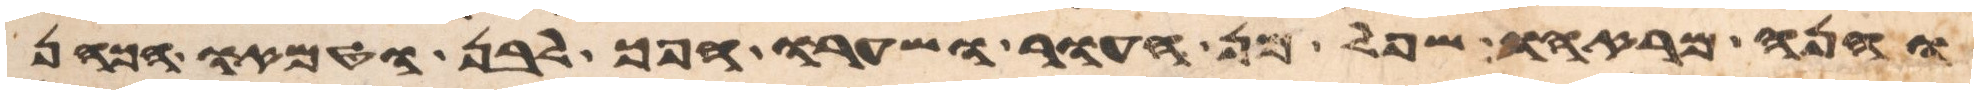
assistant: והנה מראהו שפל מן העור ושערו הפך לבן וטמאו הכהן